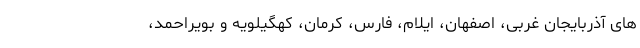
های آذربایجان غربی، اصفهان، ایلام، فارس، کرمان، کهگیلویه و بویراحمد،